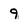
Character: 9